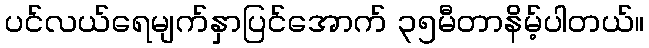
ပင်လယ်ရေမျက်နှာပြင်အောက် ၃၅မီတာနိမ့်ပါတယ်။